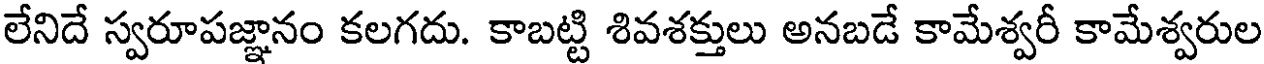
లేనిదే స్వరూపజ్ఞానం కలగదు. కాబట్టి శివశక్తులు అనబడే కామేశ్వరీ కామేశ్వరుల